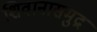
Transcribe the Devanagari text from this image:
शिवानासमुद्र